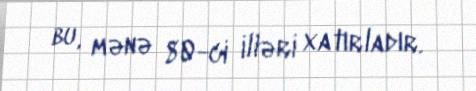
bu, mənə 80-ci illəri xatırladır.